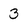
Character: 3